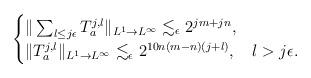
LaTeX: \begin{align*}\begin{cases}\|\sum_{l\le j\epsilon}T_a^{j, l}\|_{L^1\to L^{\infty}}\lesssim_{\epsilon} 2^{jm+jn},\\ \|T_a^{j, l}\|_{L^1\to L^{\infty}}\lesssim_{\epsilon}2^{10n(m-n)(j+l)},& l>j\epsilon.\end{cases}\end{align*}